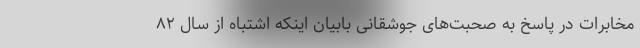
مخابرات در پاسخ به صحبت‌های جوشقانی بابیان اینکه اشتباه از سال ۸۲